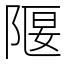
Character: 隁